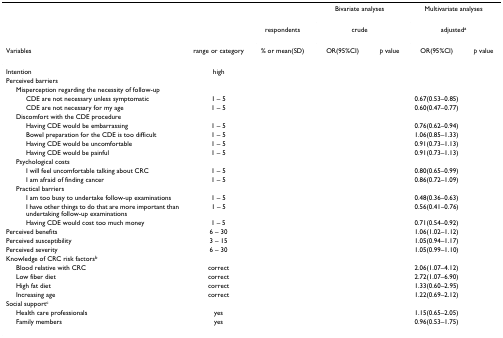
<table><thead><tr><td>[EMPTY_CELL]</td><td>[EMPTY_CELL]</td><td>[EMPTY_CELL]</td><td colspan="2"><b>Bivariate analyses</b></td><td colspan="2"><b>Multivariate analyses</b></td></tr><tr><td>[EMPTY_CELL]</td><td>[EMPTY_CELL]</td><td><b>respondents</b></td><td colspan="2"><b>crude</b></td><td colspan="2"><b>adjusted<sup>a</sup></b></td></tr><tr><td><b>Variables</b></td><td><b>range or category</b></td><td><b>% or mean(SD)</b></td><td><b>OR(95%CI)</b></td><td><b><i>p </i>value</b></td><td><b>OR(95%CI)</b></td><td><b><i>p </i>value</b></td></tr></thead><tbody><tr><td>Intention</td><td>high</td><td>[EMPTY_CELL]</td><td>[EMPTY_CELL]</td><td>[EMPTY_CELL]</td><td>[EMPTY_CELL]</td><td>[EMPTY_CELL]</td></tr><tr><td>Perceived barriers</td><td>[EMPTY_CELL]</td><td>[EMPTY_CELL]</td><td>[EMPTY_CELL]</td><td>[EMPTY_CELL]</td><td>[EMPTY_CELL]</td><td>[EMPTY_CELL]</td></tr><tr><td> Misperception regarding the necessity of follow-up</td><td>[EMPTY_CELL]</td><td>[EMPTY_CELL]</td><td>[EMPTY_CELL]</td><td>[EMPTY_CELL]</td><td>[EMPTY_CELL]</td><td>[EMPTY_CELL]</td></tr><tr><td>CDE are not necessary unless symptomatic</td><td>1 – 5</td><td>[EMPTY_CELL]</td><td>[EMPTY_CELL]</td><td>[EMPTY_CELL]</td><td>0.67(0.53–0.85)</td><td>[EMPTY_CELL]</td></tr><tr><td>CDE are not necessary for my age</td><td>1 – 5</td><td>[EMPTY_CELL]</td><td>[EMPTY_CELL]</td><td>[EMPTY_CELL]</td><td>0.60(0.47–0.77)</td><td>[EMPTY_CELL]</td></tr><tr><td> Discomfort with the CDE procedure</td><td>[EMPTY_CELL]</td><td>[EMPTY_CELL]</td><td>[EMPTY_CELL]</td><td>[EMPTY_CELL]</td><td>[EMPTY_CELL]</td><td>[EMPTY_CELL]</td></tr><tr><td>Having CDE would be embarrassing</td><td>1 – 5</td><td>[EMPTY_CELL]</td><td>[EMPTY_CELL]</td><td>[EMPTY_CELL]</td><td>0.76(0.62–0.94)</td><td>[EMPTY_CELL]</td></tr><tr><td>Bowel preparation for the CDE is too difficult</td><td>1 – 5</td><td>[EMPTY_CELL]</td><td>[EMPTY_CELL]</td><td>[EMPTY_CELL]</td><td>1.06(0.85–1.33)</td><td>[EMPTY_CELL]</td></tr><tr><td>Having CDE would be uncomfortable</td><td>1 – 5</td><td>[EMPTY_CELL]</td><td>[EMPTY_CELL]</td><td>[EMPTY_CELL]</td><td>0.91(0.73–1.13)</td><td>[EMPTY_CELL]</td></tr><tr><td>Having CDE would be painful</td><td>1 – 5</td><td>[EMPTY_CELL]</td><td>[EMPTY_CELL]</td><td>[EMPTY_CELL]</td><td>0.91(0.73–1.13)</td><td>[EMPTY_CELL]</td></tr><tr><td> Psychological costs</td><td>[EMPTY_CELL]</td><td>[EMPTY_CELL]</td><td>[EMPTY_CELL]</td><td>[EMPTY_CELL]</td><td>[EMPTY_CELL]</td><td>[EMPTY_CELL]</td></tr><tr><td>I will feel uncomfortable talking about CRC</td><td>1 – 5</td><td>[EMPTY_CELL]</td><td>[EMPTY_CELL]</td><td>[EMPTY_CELL]</td><td>0.80(0.65–0.99)</td><td>[EMPTY_CELL]</td></tr><tr><td>I am afraid of finding cancer</td><td>1 – 5</td><td>[EMPTY_CELL]</td><td>[EMPTY_CELL]</td><td>[EMPTY_CELL]</td><td>0.86(0.72–1.09)</td><td>[EMPTY_CELL]</td></tr><tr><td> Practical barriers</td><td>[EMPTY_CELL]</td><td>[EMPTY_CELL]</td><td>[EMPTY_CELL]</td><td>[EMPTY_CELL]</td><td>[EMPTY_CELL]</td><td>[EMPTY_CELL]</td></tr><tr><td>I am too busy to undertake follow-up examinations</td><td>1 – 5</td><td>[EMPTY_CELL]</td><td>[EMPTY_CELL]</td><td>[EMPTY_CELL]</td><td>0.48(0.36–0.63)</td><td>[EMPTY_CELL]</td></tr><tr><td>I have other things to do that are more important than undertaking follow-up examinations</td><td>1 – 5</td><td>[EMPTY_CELL]</td><td>[EMPTY_CELL]</td><td>[EMPTY_CELL]</td><td>0.56(0.41–0.76)</td><td>[EMPTY_CELL]</td></tr><tr><td>Having CDE would cost too much money</td><td>1 – 5</td><td>[EMPTY_CELL]</td><td>[EMPTY_CELL]</td><td>[EMPTY_CELL]</td><td>0.71(0.54–0.92)</td><td>[EMPTY_CELL]</td></tr><tr><td>Perceived benefits</td><td>6 – 30</td><td>[EMPTY_CELL]</td><td>[EMPTY_CELL]</td><td>[EMPTY_CELL]</td><td>1.06(1.02–1.12)</td><td>[EMPTY_CELL]</td></tr><tr><td>Perceived susceptibility</td><td>3 – 15</td><td>[EMPTY_CELL]</td><td>[EMPTY_CELL]</td><td>[EMPTY_CELL]</td><td>1.05(0.94–1.17)</td><td>[EMPTY_CELL]</td></tr><tr><td>Perceived severity</td><td>6 – 30</td><td>[EMPTY_CELL]</td><td>[EMPTY_CELL]</td><td>[EMPTY_CELL]</td><td>1.05(0.99–1.10)</td><td>[EMPTY_CELL]</td></tr><tr><td>Knowledge of CRC risk factors<sup>b</sup></td><td>[EMPTY_CELL]</td><td>[EMPTY_CELL]</td><td>[EMPTY_CELL]</td><td>[EMPTY_CELL]</td><td>[EMPTY_CELL]</td><td>[EMPTY_CELL]</td></tr><tr><td> Blood relative with CRC</td><td>correct</td><td>[EMPTY_CELL]</td><td>[EMPTY_CELL]</td><td>[EMPTY_CELL]</td><td>2.06(1.07–4.12)</td><td>[EMPTY_CELL]</td></tr><tr><td> Low fiber diet</td><td>correct</td><td>[EMPTY_CELL]</td><td>[EMPTY_CELL]</td><td>[EMPTY_CELL]</td><td>2.72(1.07–6.90)</td><td>[EMPTY_CELL]</td></tr><tr><td> High fat diet</td><td>correct</td><td>[EMPTY_CELL]</td><td>[EMPTY_CELL]</td><td>[EMPTY_CELL]</td><td>1.33(0.60–2.95)</td><td>[EMPTY_CELL]</td></tr><tr><td> Increasing age</td><td>correct</td><td>[EMPTY_CELL]</td><td>[EMPTY_CELL]</td><td>[EMPTY_CELL]</td><td>1.22(0.69–2.12)</td><td>[EMPTY_CELL]</td></tr><tr><td>Social support<sup>c</sup></td><td>[EMPTY_CELL]</td><td>[EMPTY_CELL]</td><td>[EMPTY_CELL]</td><td>[EMPTY_CELL]</td><td>[EMPTY_CELL]</td><td>[EMPTY_CELL]</td></tr><tr><td> Health care professionals</td><td>yes</td><td>[EMPTY_CELL]</td><td>[EMPTY_CELL]</td><td>[EMPTY_CELL]</td><td>1.15(0.65–2.05)</td><td>[EMPTY_CELL]</td></tr><tr><td> Family members</td><td>yes</td><td>[EMPTY_CELL]</td><td>[EMPTY_CELL]</td><td>[EMPTY_CELL]</td><td>0.96(0.53–1.75)</td><td>[EMPTY_CELL]</td></tr></tbody></table>